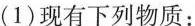
(1)现有下列物质：